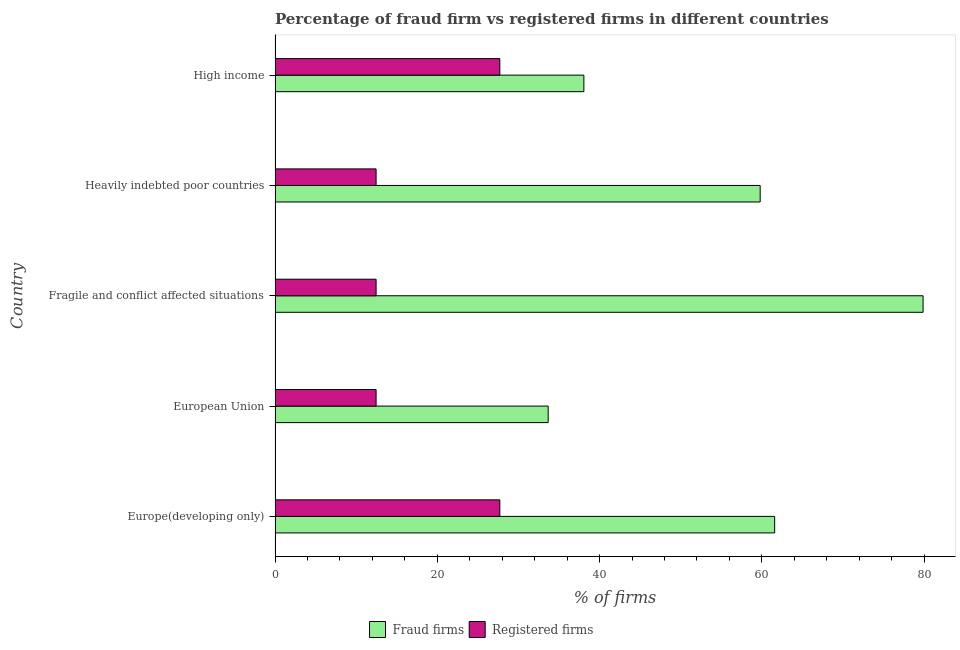
| Country | Fraud firms | Registered firms |
 | --- | --- | --- |
 | Europe(developing only) | 61.6 | 27.7 |
 | European Union | 33.7 | 12.4 |
 | Fragile and conflict affected situations | 79.9 | 12.4 |
 | Heavily indebted poor countries | 59.8 | 12.4 |
 | High income | 38.1 | 27.7 |